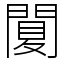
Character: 䦩